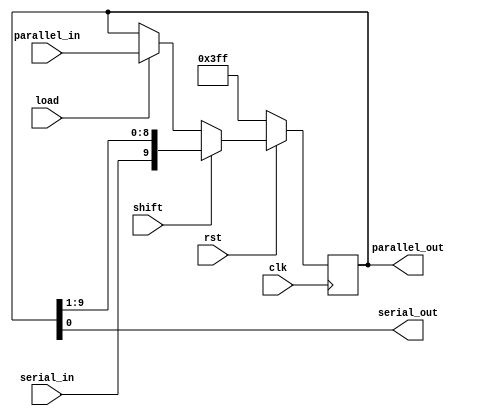
/* Generic Shift Register */

/* This shift register is used for both the transmitter
and the receiver since it conbines both the PISO and
SIPO functionality */

module ShiftRegister
(
	input				clk,
	input 			rst,
	input 			shift,				// signal to shift the data in the shift register
	input				load,					// signal to load the parallel data to the shift register
	input				serial_in,
	input		[9:0]	parallel_in,
	output			serial_out,
	output	[9:0]	parallel_out
);

parameter IDLEBITS = 10'b111_111_111_1;

reg [9:0] pdata, ndata;			// present data and next data

assign serial_out 	= pdata[0];
assign parallel_out 	= pdata;	 

always @(posedge clk)
begin
	pdata <= ndata;
end

always @(rst, pdata, shift, load, serial_in, parallel_in)
begin
	ndata = pdata;									// hold the data in the register
	
	if(!rst)
		ndata = IDLEBITS;							// reset the data as idle bits (i.e. logic 1) 
	else begin
		if(shift)
			ndata = {serial_in, pdata[9:1]};	//	shift the data by 1 bit, set the serial data input as the MSB
		else if(load)
			ndata = parallel_in;					// load the parallel data input
	end
end
endmodule